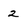
Character: 2